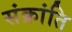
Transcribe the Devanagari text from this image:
संक्रांति